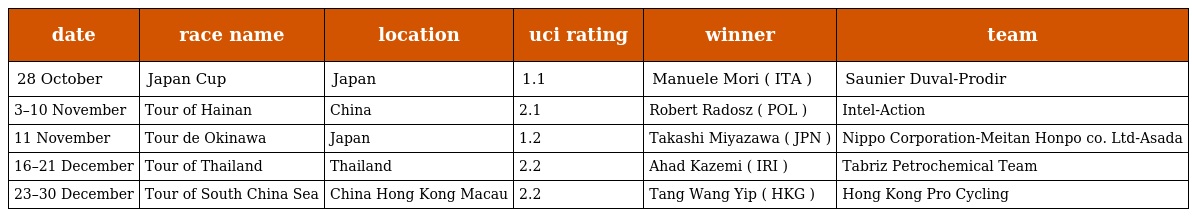
| date | race name | location | uci rating | winner | team |
 | --- | --- | --- | --- | --- | --- |
 | 28 October | Japan Cup | Japan | 1.1 | Manuele Mori ( ITA ) | Saunier Duval-Prodir |
 | 3–10 November | Tour of Hainan | China | 2.1 | Robert Radosz ( POL ) | Intel-Action |
 | 11 November | Tour de Okinawa | Japan | 1.2 | Takashi Miyazawa ( JPN ) | Nippo Corporation-Meitan Honpo co. Ltd-Asada |
 | 16–21 December | Tour of Thailand | Thailand | 2.2 | Ahad Kazemi ( IRI ) | Tabriz Petrochemical Team |
 | 23–30 December | Tour of South China Sea | China Hong Kong Macau | 2.2 | Tang Wang Yip ( HKG ) | Hong Kong Pro Cycling |